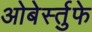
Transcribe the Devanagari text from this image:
ओबेर्स्तुफे